Vaccination Hyderabad 1890-1903 - 1890-1903
Year: 1890
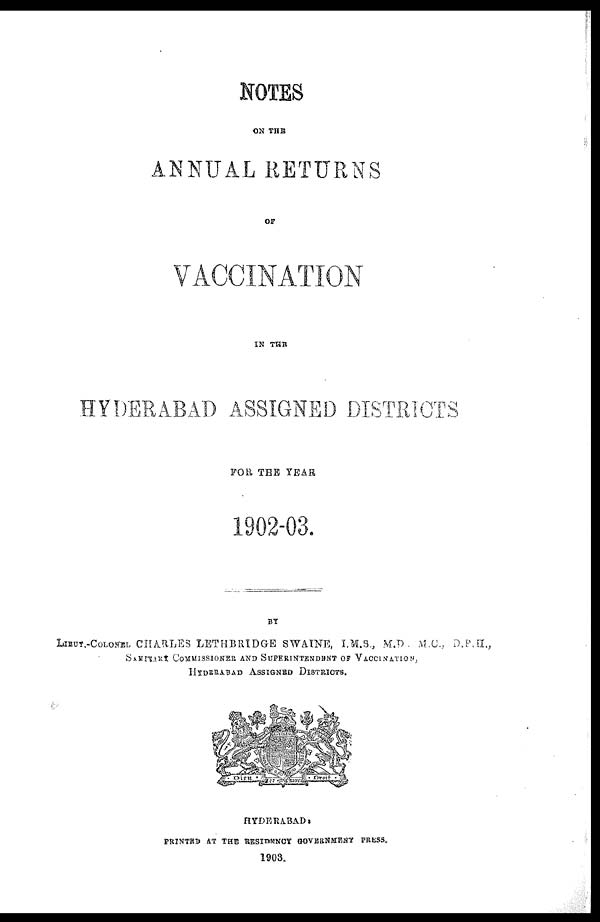
NOTES
ON THE
ANNUAL RETURNS
OF
VACCINATION
IN THE
HYDERABAD ASSIGNED DISTRICTS
FOR THE YEAR
1902-03.
BY
LIEUT.-COLONEL CHARLES LETHBRIDGE SWAINE, I.M.S., M.D . M.C., D.P.H.,
SANITARY COMMISSIONER AND SUPERINTENDENT OF VACCINATION,
HYDERABAD ASSIGNED DISTRICTS.
HYDERABAD :
PRINTED AT THE RESIDENCY GOVERNMENT PRESS.
1903.